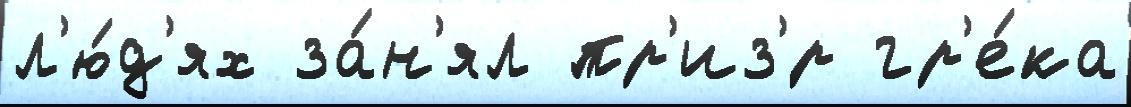
л'ю́д'ях за́н'ял пр'из'́р гр'е́ка